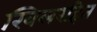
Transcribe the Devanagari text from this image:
खिलरहित